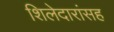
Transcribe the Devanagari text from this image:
शिलेदारांसह